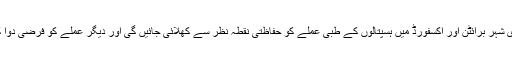
لیکن یہ دوائیں اب برطانوی شہر برائٹن اور آکسفورڈ میں ہسپتالوں کے طبی عملے کو حفاظتی نقطہ نظر سے کھلائی جائیں گی اور دیگر عملے کو فرضی دوا کا پلے سیبو دی جائے گی۔